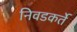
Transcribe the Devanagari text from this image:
निवडकर्ते